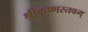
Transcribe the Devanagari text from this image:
श्रीकृष्णस्तवम्